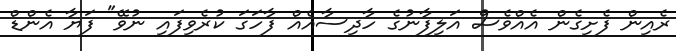
ރެއިން ފެށިގެން އެއްވެސް އަލިފާނުގެ ހާދިސާއެއް ފާހަގަ ކުރެވިފައި ނުވޭ" ފަޔާ އެންޑް